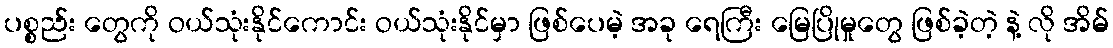
ပစ္စည်း တွေကို ဝယ်သုံးနိုင်ကောင်း ဝယ်သုံးနိုင်မှာ ဖြစ်ပေမဲ့ အခု ရေကြီး မြေပြိုမှုတွေ ဖြစ်ခဲ့တဲ့ နဲ့ လို အိမ်